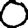
Digit: 0